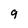
Character: 9